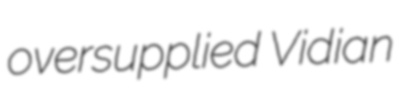
oversupplied Vidian